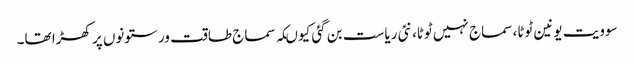
سوویت یونین ٹوٹا، سماج نہیں ٹوٹا، نئی ریاست بن گئی کیوںکہ سماج طاقت ور ستونوں پر کھڑا تھا۔